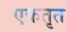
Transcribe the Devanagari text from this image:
एकतृत